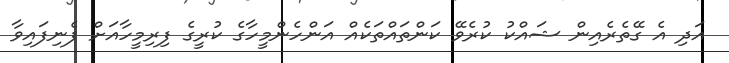
އަދި އެ ގޭތެރެއިން ޝައްކު ކުރެވޭ ކަންތައްތަކެއް އަންހެންމީހާގެ ކުރީގެ ފިރިމީހާއަށް ފެނިފައިވާ